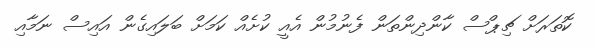
ކޮތަރަށް ޗިޕްސް ކާންދިންތަން ފެނުމުން އެއީ ކުށެއް ކަމަށް ބަލައިގެން އައިސް ނަމާއި